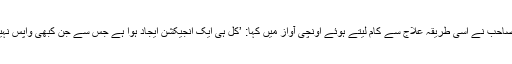
ڈاکٹر صاحب نے اسی طریقہ علاج سے کام لیتے ہوئے اونچی آواز میں کہا: ’کل ہی ایک انجیکشن ایجاد ہوا ہے جس سے جن کبھی واپس نہیں آتے!